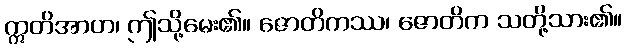
ဣတိအာဟ၊ ဤသို့မေး၏။ ဇောတိကဿ၊ ဇောတိက သတို့သား၏။